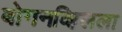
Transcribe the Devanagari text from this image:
बोगनव्हिलला